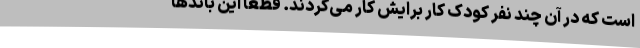
است که در آن چند نفر کودک کار برایش کار می‌کردند. قطعا این باندها